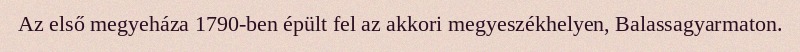
Az első megyeháza 1790-ben épült fel az akkori megyeszékhelyen, Balassagyarmaton.